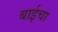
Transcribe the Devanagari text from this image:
बाईचा